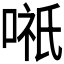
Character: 𭉸